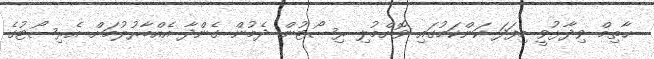
ޙާތިމް ވިދާޅުވީ މިފަދަ ކަންކަމުގައި ވޮށްމުލި ރިސޯޓުން ދެމުން ގެންދާ އެއްބާރުލުމަށް އެރިސޯޓުގެ